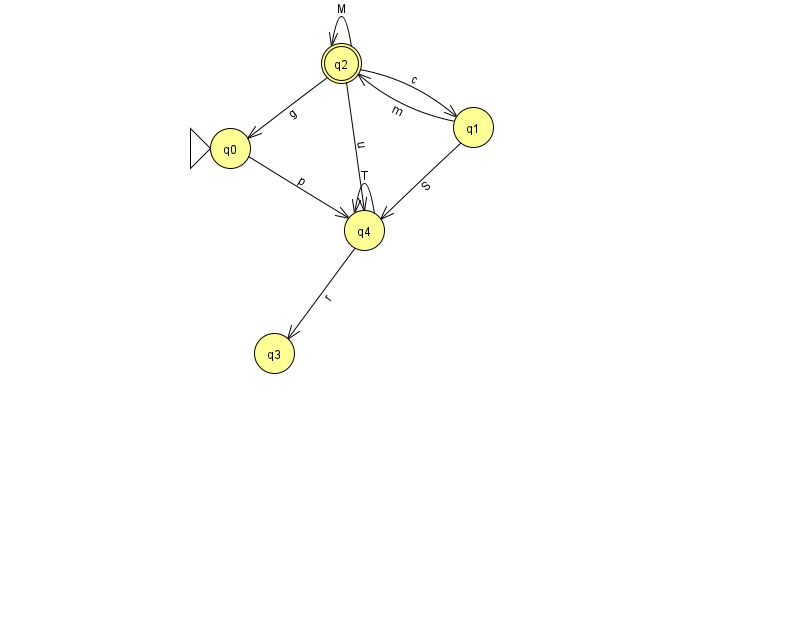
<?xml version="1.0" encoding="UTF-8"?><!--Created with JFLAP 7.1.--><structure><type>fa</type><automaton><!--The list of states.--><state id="0" name="q0"><x>230.0</x><y>135.0</y><initial/></state><state id="1" name="q1"><x>473.0</x><y>114.0</y></state><state id="2" name="q2"><x>341.0</x><y>50.0</y><final/></state><state id="3" name="q3"><x>274.0</x><y>340.0</y></state><state id="4" name="q4"><x>364.0</x><y>217.0</y></state><!--The list of transitions.--><transition><from>1</from><to>4</to><read>S</read></transition><transition><from>2</from><to>1</to><read>c</read></transition><transition><from>2</from><to>4</to><read>u</read></transition><transition><from>4</from><to>4</to><read>T</read></transition><transition><from>4</from><to>3</to><read>r</read></transition><transition><from>0</from><to>4</to><read>p</read></transition><transition><from>1</from><to>2</to><read>m</read></transition><transition><from>2</from><to>0</to><read>g</read></transition><transition><from>2</from><to>2</to><read>M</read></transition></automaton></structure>